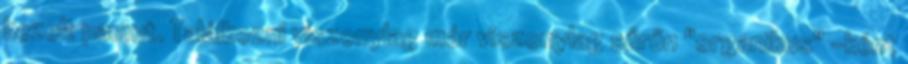
kezelt pamut. Találkozni viszonylag már viszonylag sűrűn "organikus" -ként